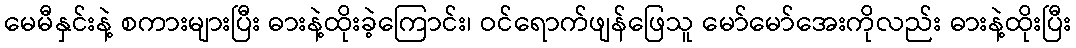
မေမီနှင်းနဲ့ စကားများပြီး ဓားနဲ့ထိုးခဲ့ကြောင်း၊ ဝင်ရောက်ဖျန်ဖြေသူ မော်မော်အေးကိုလည်း ဓားနဲ့ထိုးပြီး